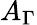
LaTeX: A_{\Gamma}